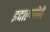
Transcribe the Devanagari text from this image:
इदाल्गोचे